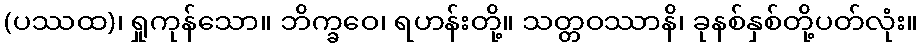
(ပဿထ)၊ ရှုကုန်သော။ ဘိက္ခဝေ၊ ရဟန်းတို့။ သတ္တဝဿာနိ၊ ခုနစ်နှစ်တို့ပတ်လုံး။